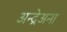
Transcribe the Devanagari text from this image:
अन्द्रेअना